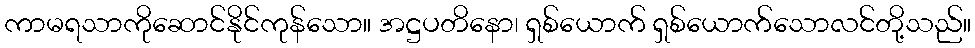
ကာမရသာကိုဆောင်နိုင်ကုန်သော။ အဋ္ဌပတိနော၊ ရှစ်ယောက် ရှစ်ယောက်သောလင်တို့သည်။